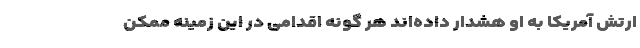
ارتش آمریکا به او هشدار داده‌اند هر گونه اقدامی در این زمینه ممکن